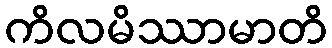
ကိလမိဿာမာတိ